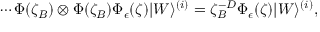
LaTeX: \cdots \Phi ( \zeta _ { B } ) \otimes \Phi ( \zeta _ { B } ) \Phi _ { \epsilon } ( \zeta ) | W \rangle ^ { ( i ) } = \zeta _ { B } ^ { - D } \Phi _ { \epsilon } ( \zeta ) | W \rangle ^ { ( i ) } ,